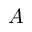
A